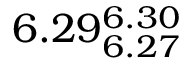
6 . 2 9 _ { 6 . 2 7 } ^ { 6 . 3 0 }